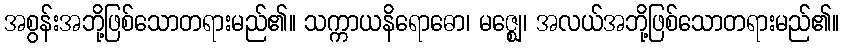
အစွန်းအဘို့ဖြစ်သောတရားမည်၏။ သက္ကာယနိရောဓော၊ မဇ္ဈေ၊ အလယ်အဘို့ဖြစ်သောတရားမည်၏။